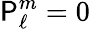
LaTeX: \mathsf{P}_{\ell}^{m}=0